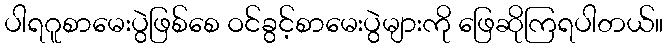
ပါရဂူစာမေးပွဲဖြစ်စေ ဝင်ခွင့်စာမေးပွဲများကို ဖြေဆိုကြရပါတယ်။